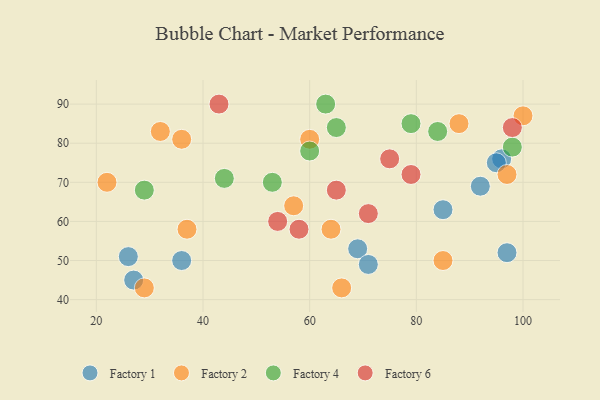
{"axis": {"x": "GDP", "y": "Life Expectancy"}, "legend": ["Factory 1", "Factory 2", "Factory 4", "Factory 6"], "data": [{"x": "36", "y": 50, "type": "Factory 1"}, {"x": "69", "y": 53, "type": "Factory 1"}, {"x": "97", "y": 52, "type": "Factory 1"}, {"x": "27", "y": 45, "type": "Factory 1"}, {"x": "96", "y": 76, "type": "Factory 1"}, {"x": "95", "y": 75, "type": "Factory 1"}, {"x": "92", "y": 69, "type": "Factory 1"}, {"x": "71", "y": 49, "type": "Factory 1"}, {"x": "26", "y": 51, "type": "Factory 1"}, {"x": "85", "y": 63, "type": "Factory 1"}, {"x": "37", "y": 58, "type": "Factory 2"}, {"x": "88", "y": 85, "type": "Factory 2"}, {"x": "85", "y": 50, "type": "Factory 2"}, {"x": "57", "y": 64, "type": "Factory 2"}, {"x": "97", "y": 72, "type": "Factory 2"}, {"x": "60", "y": 81, "type": "Factory 2"}, {"x": "29", "y": 43, "type": "Factory 2"}, {"x": "100", "y": 87, "type": "Factory 2"}, {"x": "22", "y": 70, "type": "Factory 2"}, {"x": "66", "y": 43, "type": "Factory 2"}, {"x": "32", "y": 83, "type": "Factory 2"}, {"x": "64", "y": 58, "type": "Factory 2"}, {"x": "36", "y": 81, "type": "Factory 2"}, {"x": "44", "y": 71, "type": "Factory 4"}, {"x": "63", "y": 90, "type": "Factory 4"}, {"x": "79", "y": 85, "type": "Factory 4"}, {"x": "29", "y": 68, "type": "Factory 4"}, {"x": "84", "y": 83, "type": "Factory 4"}, {"x": "60", "y": 78, "type": "Factory 4"}, {"x": "65", "y": 84, "type": "Factory 4"}, {"x": "98", "y": 79, "type": "Factory 4"}, {"x": "53", "y": 70, "type": "Factory 4"}, {"x": "58", "y": 58, "type": "Factory 6"}, {"x": "75", "y": 76, "type": "Factory 6"}, {"x": "54", "y": 60, "type": "Factory 6"}, {"x": "43", "y": 90, "type": "Factory 6"}, {"x": "79", "y": 72, "type": "Factory 6"}, {"x": "65", "y": 68, "type": "Factory 6"}, {"x": "71", "y": 62, "type": "Factory 6"}, {"x": "98", "y": 84, "type": "Factory 6"}]}